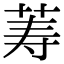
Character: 䓓